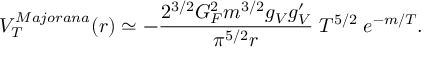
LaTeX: V _ { T } ^ { M a j o r a n a } ( r ) \simeq - { \frac { 2 ^ { 3 / 2 } G _ { F } ^ { 2 } m ^ { 3 / 2 } g _ { V } g _ { V } ^ { \prime } } { \pi ^ { 5 / 2 } r } } \; T ^ { 5 / 2 } \; e ^ { - m / T } .